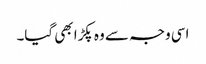
اسی وجہ سے وہ پکڑا بھی گیا۔